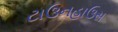
ટાઉનહાઉસ